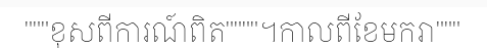
"""ខុសពីការណ៍ពិត""""។កាលពីខែមករា"""